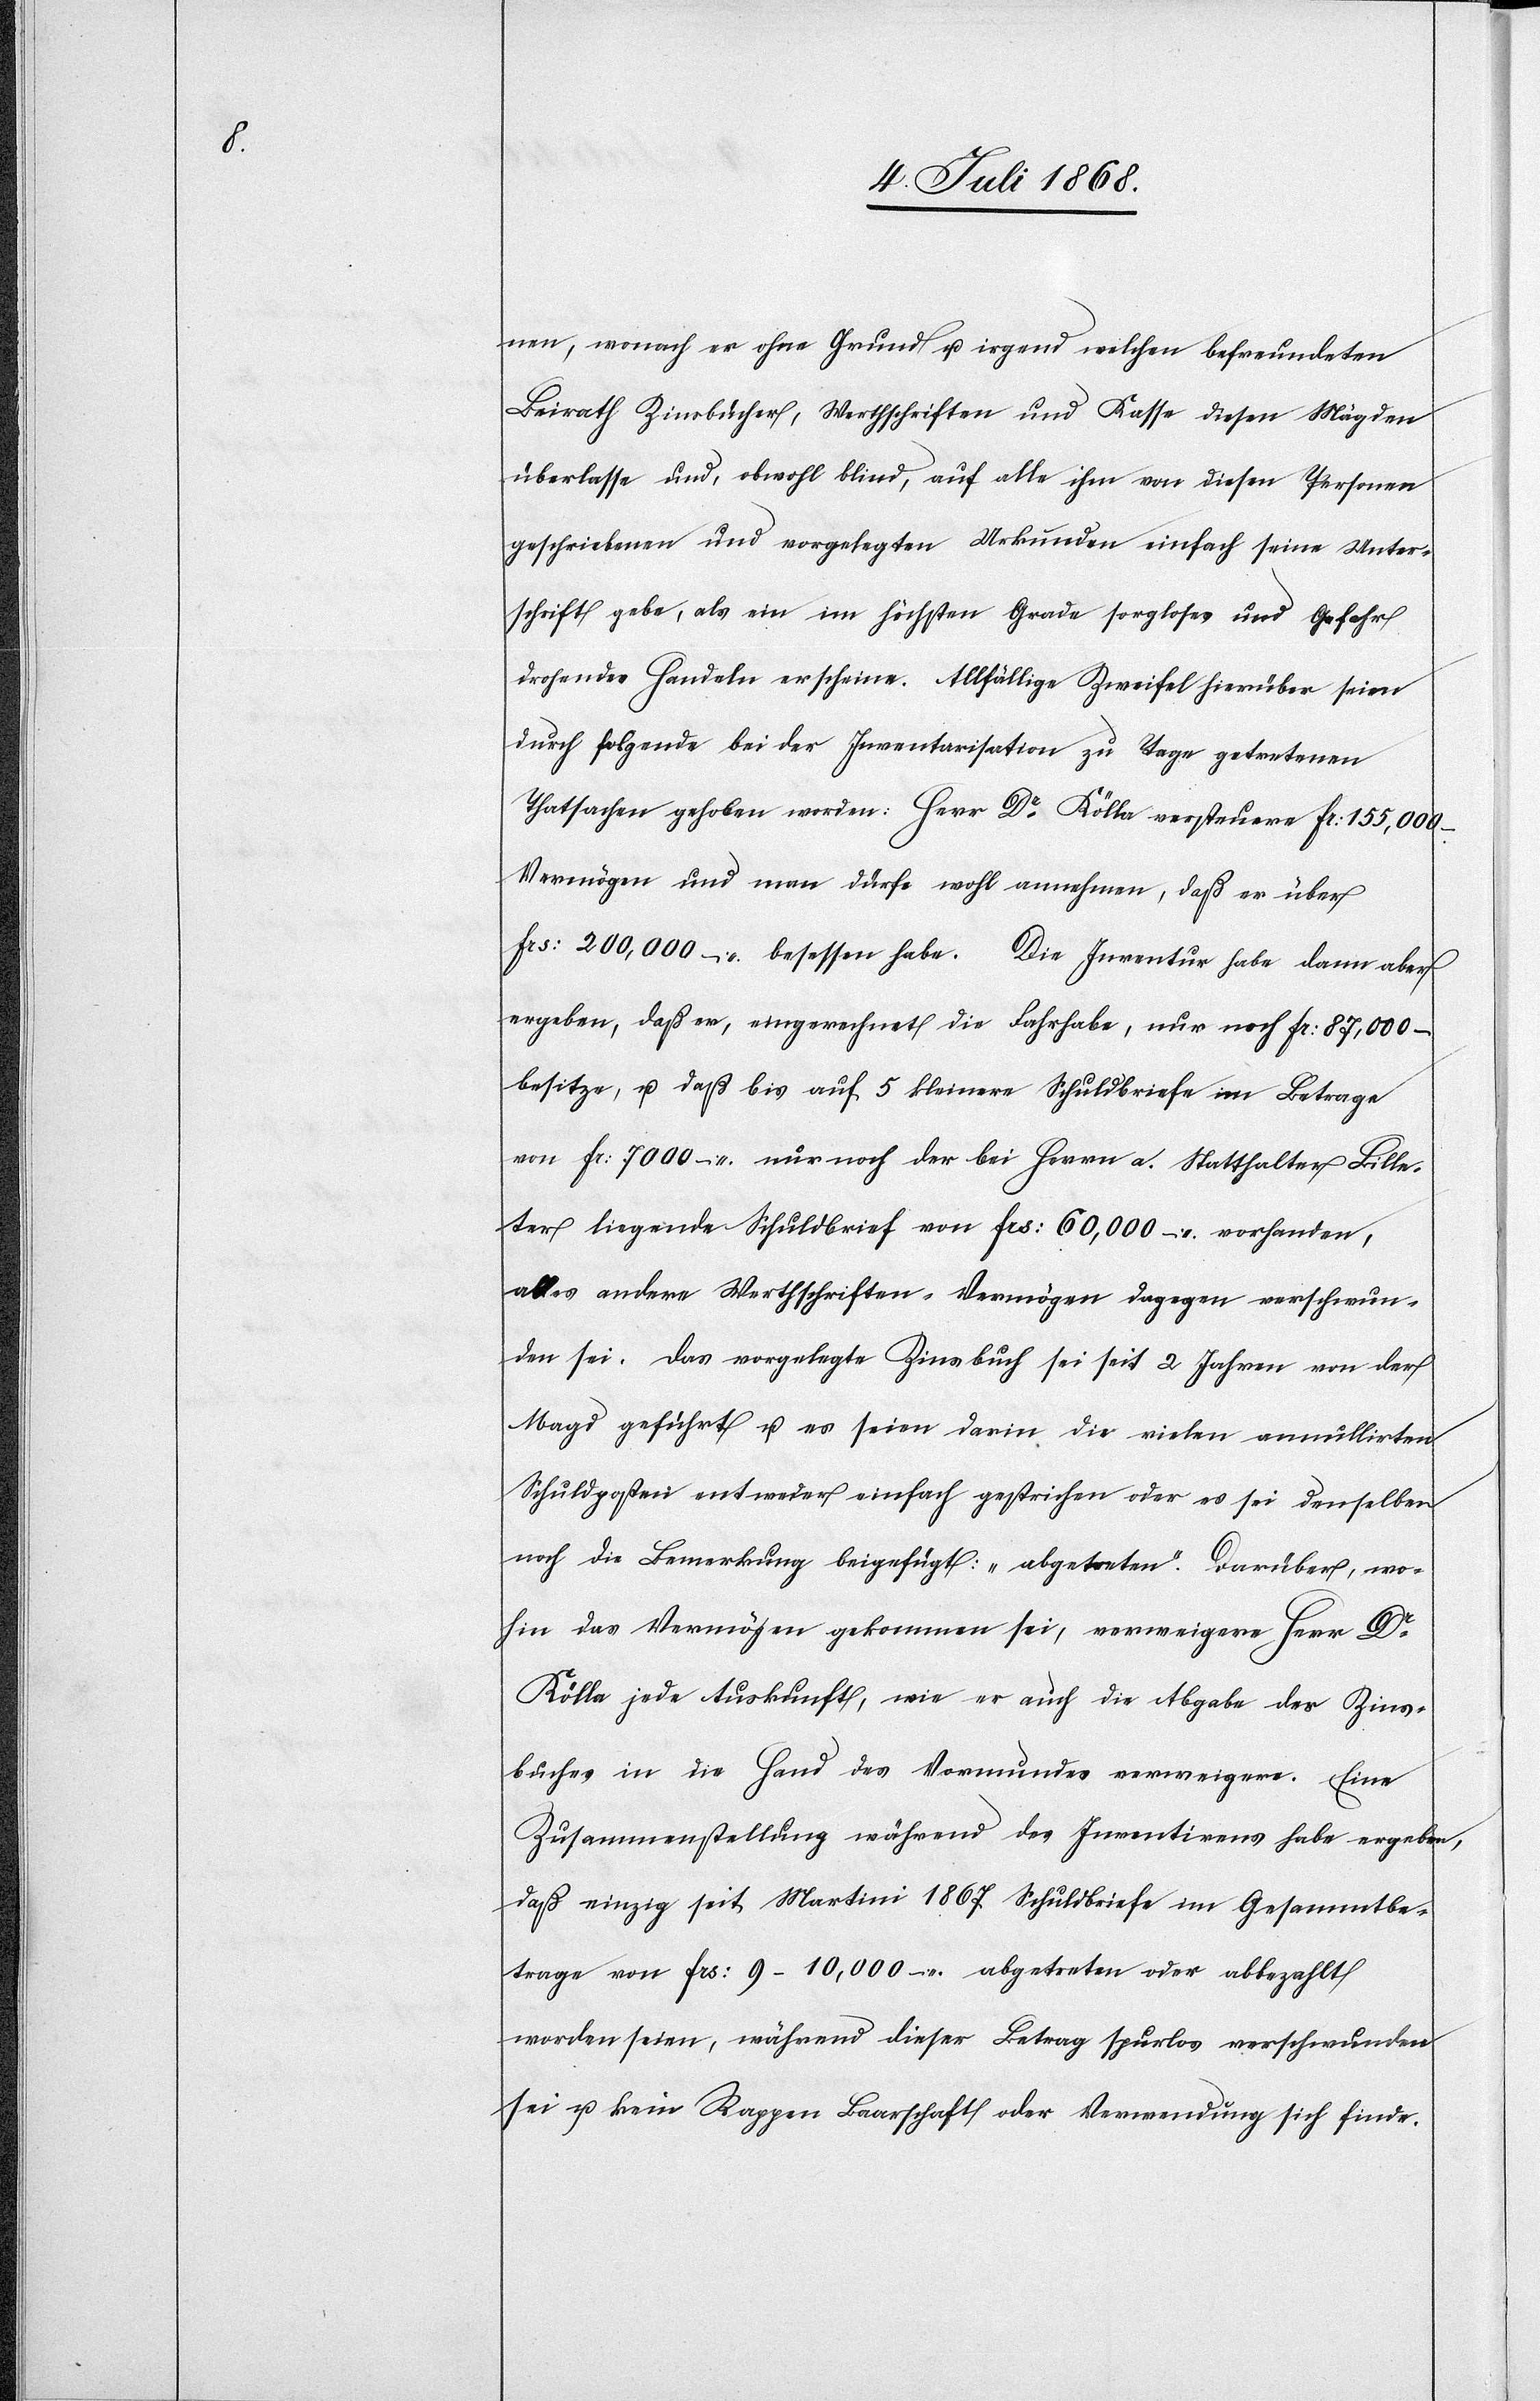
men, wonach er ohne Grund u. irgend welchen befreundeten
Beirath Zinsbücher, Werthschriften und Kasse diesen Mägden
überlasse und, obwohl blind, auf alle ihm von diesen Personen
geschriebenen und vorgelegten Urkunden einfach seine Unter¬
schrift gebe, als ein im höchsten Grade sorgloses und Gefahr
drohendes Handeln erscheine. Allfällige Zweifel hierüber seien
durch folgende bei der Inventarisation zu Tage getretenen
Thatsachen gehoben worden: Herr Dr Kölla versteuere Fr: 155,000 –
Vermögen und man dürfe wohl annehmen, daß er über
Frs: 200,000 – besessen habe. Die Inventur habe dann aber
ergeben, daß er, eingerechnet die Fahrhabe, nur noch Fr: 87,000 –
besitze, u. daß bis auf 5 kleinere Schuldbriefe im Betrage
von Fr: 7000 – nur noch der bei Herrn a. Statthalter Bille¬
ter liegende Schuldbrief von Frs: 60,000 – vorhanden,
alles andere Werthschriften-Vermögen dagegen verschwun¬
den sei. Das vorgelegte Zinsbuch sei seit 2 Jahren von der
Magd geführt u. es seien darin die vielen annullirten
Schuldposten entweder einfach gestrichen oder es sei denselben
noch die Bemerkung beigefügt: „abgetreten“. Darüber, wo¬
hin das Vermögen gekommen sei, verweigere Herr Dr
Kölla jede Auskunft, wie er auch die Abgabe des Zins¬
buches in die Hand des Vormundes verweigere. Eine
Zusammenstellung während des Inventirens habe ergeben,
daß einzig seit Martini 1867 Schuldbriefe im Gesammtbe¬
trage von Frs: 9–10,000 – abgetreten oder abbezahlt
worden seien, während dieser Betrag spurlos verschwunden
sei u. kein Rappen Baarschaft oder Verwendung sich finde.